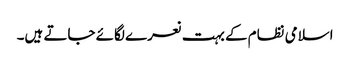
اسلامی نظام کے بہت نعرے لگائے جاتے ہیں۔